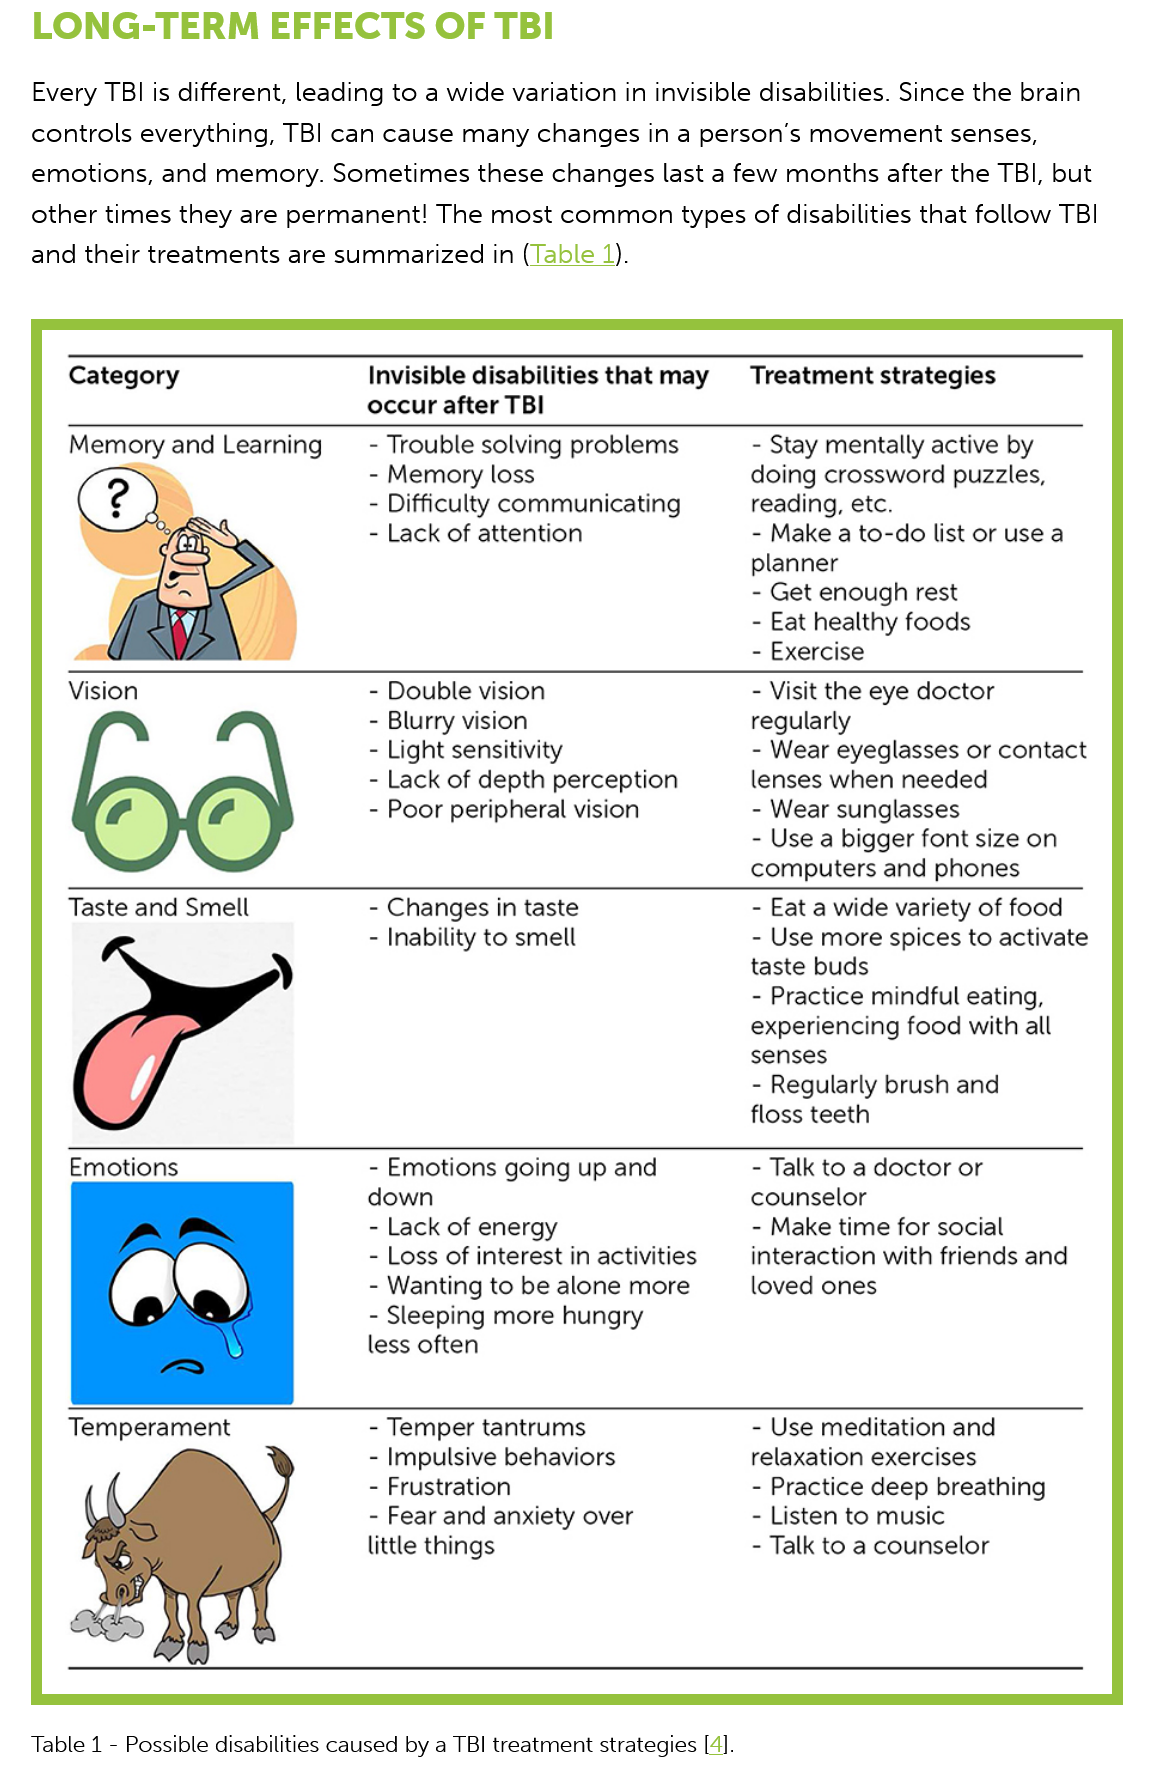
LONG-TERM    EFFECTS    OF  TBI
   Every TBI is different, leading to a wide variation in invisible disabilities. Since the brain
   controls everything, TBI can cause many changes in a person's movement senses,
   emotions, and memory.  Sometimes  these changes last a few months after the TBI, but
   other times they are permanent! The most common types of disabilities that follow TBI
   and their treatments are summarized in (Table 1).
   Table 1
     -
     Possible disabilities caused by a TBI treatment strategies [4].
     Category    Invisible disabilities that may
     occur after TBI
     Memory  and Learning
     Vision
     Taste and Smell
     Emotions
     Temperament
     -
     Trouble solving problems
     - Memory loss
     - Difficulty communicating
     -
     Lack of attention
     -
     Double vision
     -
     Blurry vision
     - Light sensitivity
     - Lack of depth perception
     -
     Poor peripheral vision
     - Changes in taste
     - Inability to smell
     -
     Emotions going up and
     down
     -
     Lack of energy
     -
     Loss of interest in activities
     -
     Wanting to be alone more
     - Sleeping more hungry
     less often
     -
     Temper tantrums
     - Impulsive behaviors
     -
     Frustration
     -
     Fear and anxiety over
     little things    -
     Talk to a counselor
     -
     Listen to music
     -
     Practice deep breathing
     -
     Use meditation and
     relaxation exercises
     -
     Make time for social
     interaction with friends and
     loved ones
     -
     Talk to a doctor or
     counselor
     -
     Regularly brush and
     floss teeth
     -
     Practice mindful eating,
     experiencing food with all
     senses
     -
     Use more spices to activate
     taste buds
     -
     Eat a wide variety of food
     -
     Use a bigger font size on
     computers and phones
     -
     Wear sunglasses
     - Wear eyeglasses or contact
     lenses when needed
     -
     Visit the eye doctor
     regularly
     -
     Exercise
     -
     Eat healthy foods
     -
     Get enough rest
     -
     Make a to-do list or use a
     planner
     - Stay mentally active by
     doing crossword puzzles,
     reading, etc.
     Treatment strategies